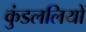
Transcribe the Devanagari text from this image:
कुंडललियों